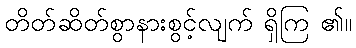
တိတ်ဆိတ်စွာနားစွင့်လျက် ရှိကြ ၏။